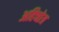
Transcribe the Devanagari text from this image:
अहिच्छेत्र